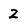
Character: 2